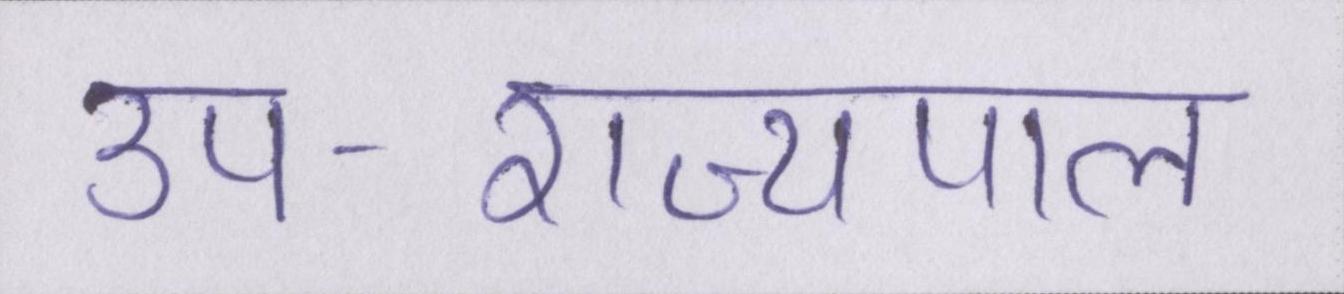
उप-राज्यपाल